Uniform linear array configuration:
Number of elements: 8
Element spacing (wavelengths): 1
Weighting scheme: uniform
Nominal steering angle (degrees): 0
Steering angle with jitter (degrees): -1.56
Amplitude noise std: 0.05
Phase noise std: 0.05

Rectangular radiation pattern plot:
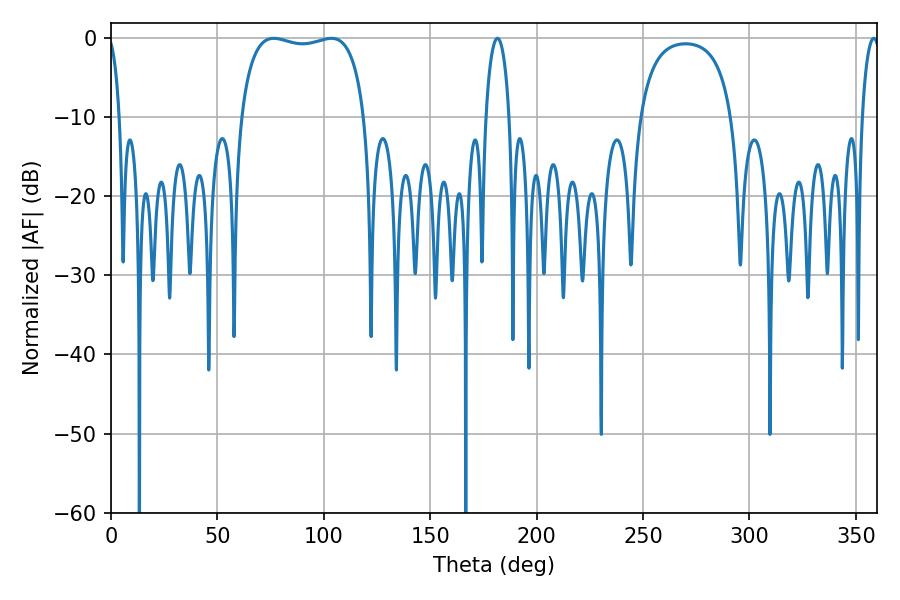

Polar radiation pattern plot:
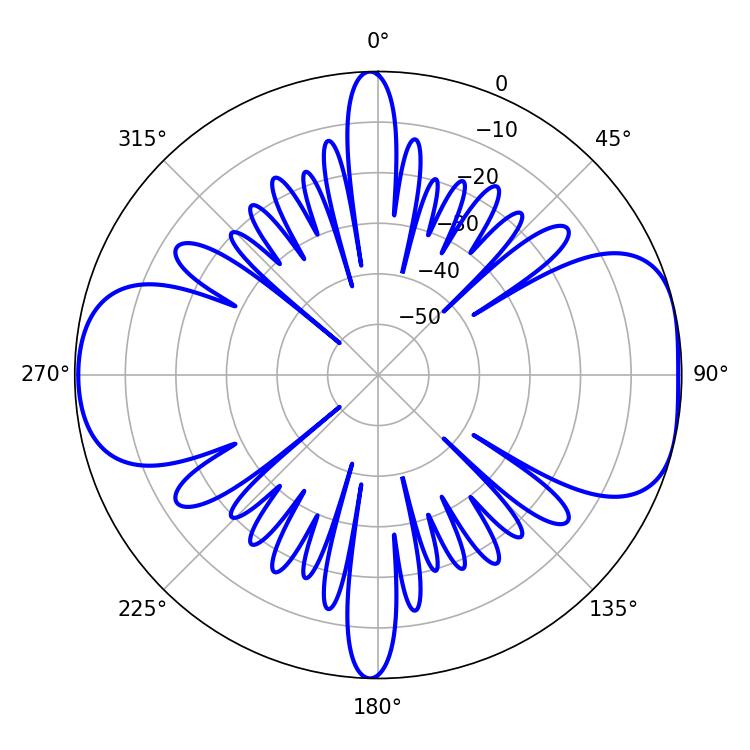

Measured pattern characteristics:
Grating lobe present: TRUE
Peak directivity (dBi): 7.939
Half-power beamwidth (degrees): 47.16
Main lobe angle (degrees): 76.5